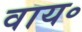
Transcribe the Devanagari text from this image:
वाय॰